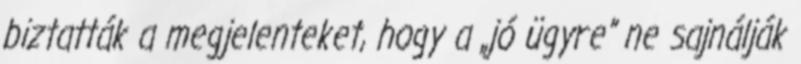
biztatták a megjelenteket, hogy a „jó ügyre” ne sajnálják